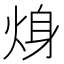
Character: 𱫍